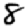
Digit: 8